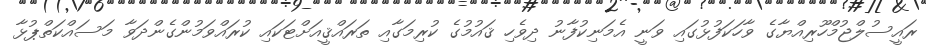
ރައީސުލްޖުމްހޫރިއްޔާގެ ވާހަކަފުޅުގައި ވަނީ އެމަނިކުފާނު ދިވެހި ޤައުމުގެ ކުރިމަގާއި ތަރައްޤީއަށްޓަކައި ކުރައްވަމުންގެންދަވާ މަސައްކަތްޕުޅާ